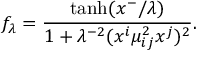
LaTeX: f _ { \lambda } = \frac { \operatorname { t a n h } ( x ^ { - } / \lambda ) } { 1 + \lambda ^ { - 2 } ( x ^ { i } \mu _ { i j } ^ { 2 } x ^ { j } ) ^ { 2 } } .